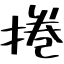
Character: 捲